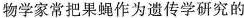
生物学家常把果蝇作为遗传学研究的